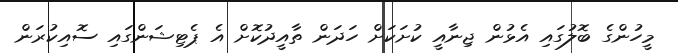
މީހުންގެ ބޮލުގައި އެޅުން ޖިނާއީ ކުށަކަށް ހަދަން ތާއީދުކޮށް އެ ޕެޓިޝަންގައި ސޮއިކުރަން